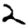
Digit: 2